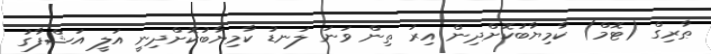
ޠާރިގް (ޓޮމް) ކާމިޔާބުކޮށްދިން އިރު ތިން ވަނަ ލަނޑު ކާމިޔާބުކޮށްދިނީ އަލީ އަޝްފާގު